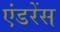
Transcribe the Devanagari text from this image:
एंडरेंस